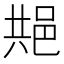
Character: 𬩺